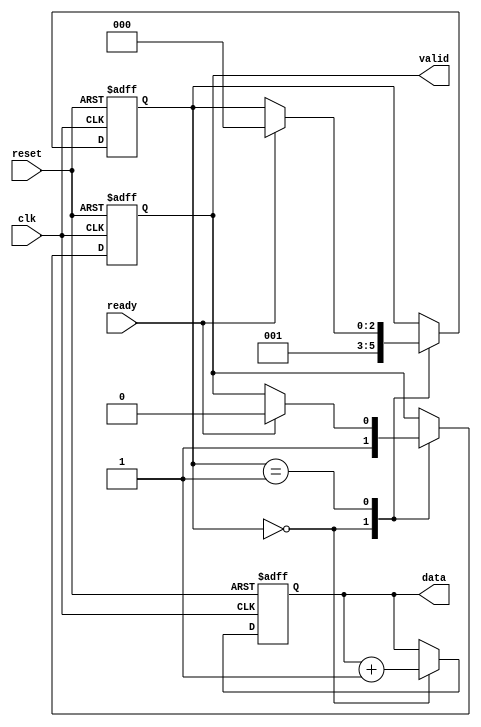
module producer (
    input wire clk,          // Clock signal
    input wire reset,        // Reset signal
    output reg valid,        // Valid signal
    output reg [7:0] data,   // Data bus (8-bit data in this example)
    input wire ready         // Ready signal from consumer
);

    // State variables
    reg [2:0] state;
    localparam IDLE = 3'b000, SEND_DATA = 3'b001;

    always @(posedge clk or posedge reset) begin
        if (reset) begin
            state <= IDLE;
            valid <= 1'b0;
            data <= 8'b0;
        end else begin
            case (state)
                IDLE: begin
                    // Produce new data
                    data <= data + 1; // Example data generation
                    valid <= 1'b1; // Assert valid signal
                    state <= SEND_DATA;
                end
                SEND_DATA: begin
                    if (ready) begin
                        // Wait for consumer to be ready
                        valid <= 1'b0; // Deassert valid signal
                        state <= IDLE; // Go back to IDLE state
                    end
                end
            endcase
        end
    end
endmodule